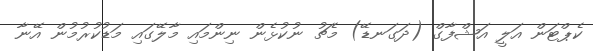
ކެޕްޓަން އަލީ އަޝްފާގް (ދަގަނޑޭ) މެޗު ނުކުޅެން ނިންމައި މާލޭގައި މަޑުކުރުމުން އޭނާ